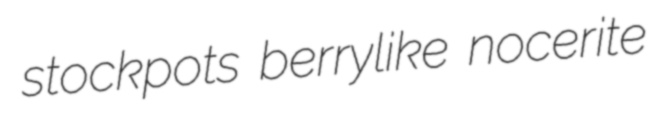
stockpots berrylike nocerite